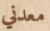
معدني